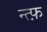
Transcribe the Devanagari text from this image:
न्त्फ़